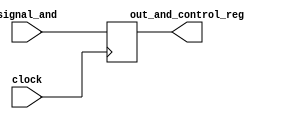
`timescale 1ps / 1ps
//////////////////////////////////////////////////////////////////////////////////
// Company: 
// Engineer: 
// 
// Design Name: 
// Module Name: and_control_ID_EX_stage
// Project Name: 
// Target Devices: 
// Tool Versions: 
// Description: 
// 
// Dependencies: 
// 
// Revision:
// Revision 0.01 - File Created
// Additional Comments:
// 
//////////////////////////////////////////////////////////////////////////////////


module and_control_ID_EX_stage(input signal_and,input clock,output reg out_and_control_reg);

always@(posedge clock)
out_and_control_reg=signal_and;
endmodule